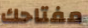
مفتاحك